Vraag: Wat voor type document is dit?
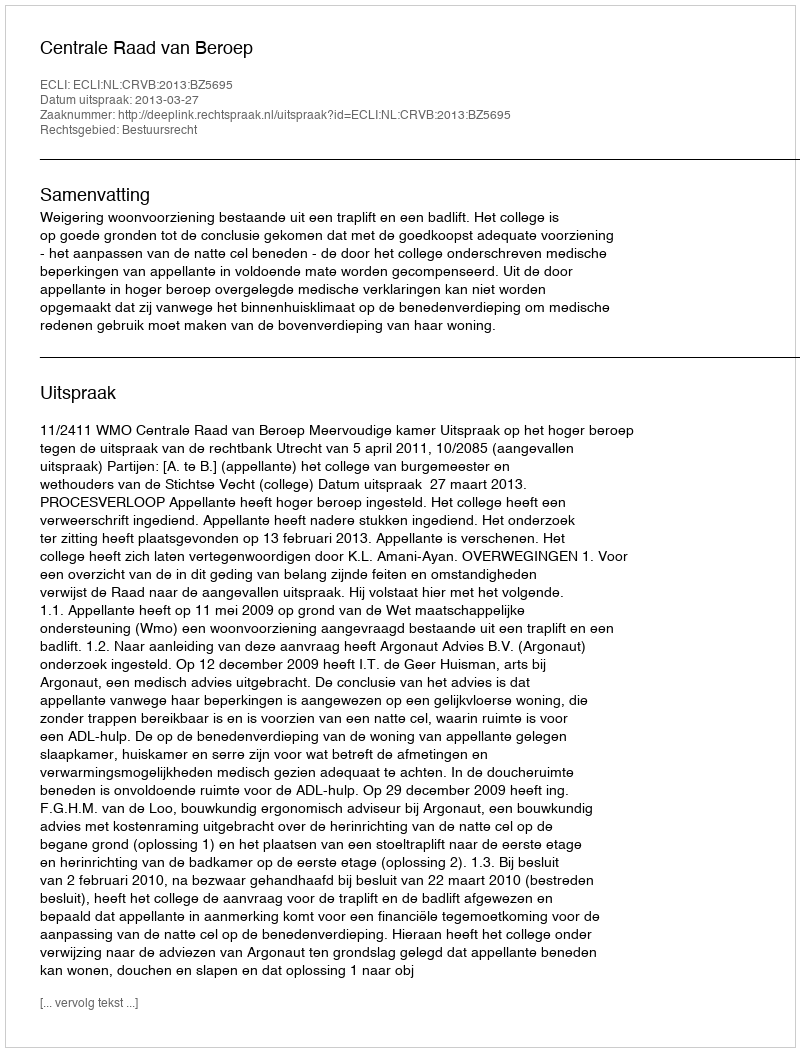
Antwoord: Uitspraak